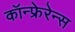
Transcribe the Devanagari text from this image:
कॉन्फ्रेरेन्स